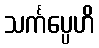
သင်္ကပ္ပေဟိ